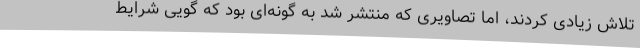
تلاش زیادی کردند، اما تصاویری که منتشر شد به گونه‌ای بود که گویی شرایط